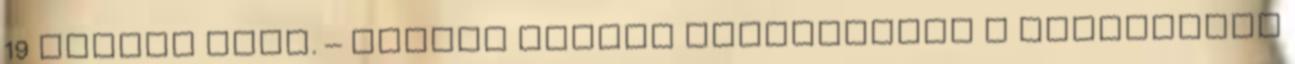
19 órától lesz. – Hogyan került kapcsolatba a nagyváradi